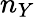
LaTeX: n_{Y}